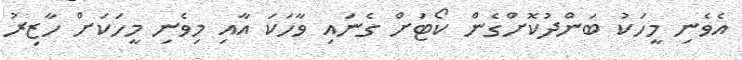
އެވެނި މީހަކު ބަންދުކޮށްގެން ކޯޓަށް ގެނައި ވާހަކަ އާއި މިވެނި މީހަކަށް ހާޒިރު